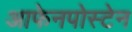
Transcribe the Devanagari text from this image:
आफेनपोस्टेन